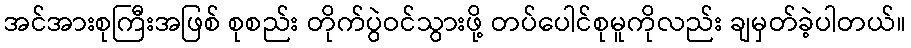
အင်အားစုကြီးအဖြစ် စုစည်း တိုက်ပွဲဝင်သွားဖို့ တပ်ပေါင်စုမူကိုလည်း ချမှတ်ခဲ့ပါတယ်။